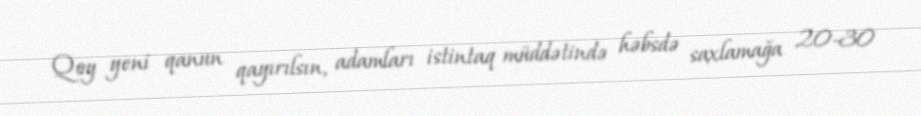
Qoy yeni qanun qayırılsın, adamları istintaq müddətində həbsdə saxlamağa 20-30